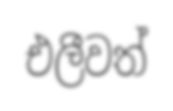
එලීවත්